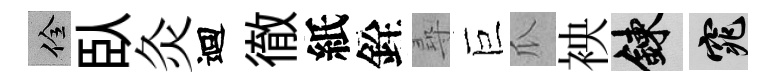
佺臥灸迴徹紙銓尋巨瓜䘧練窕